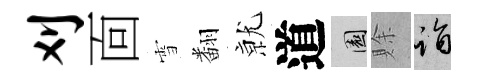
刈靣雪翻𭕒道園賖诣